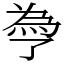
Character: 爳